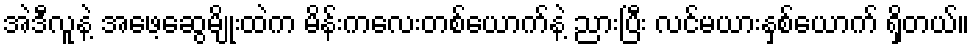
အဲဒီလူနဲ့ အဖေ့ဆွေမျိုးထဲက မိန်းကလေးတစ်ယောက်နဲ့ ညားပြီး လင်မယားနှစ်ယောက် ရှိတယ်။